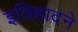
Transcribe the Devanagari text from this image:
इतिहादने